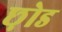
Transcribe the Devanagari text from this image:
छ़ोड